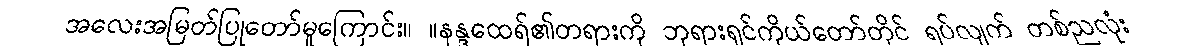
အလေးအမြတ်ပြုတော်မူကြောင်း။ ။နန္ဒထေရ်၏တရားကို ဘုရားရှင်ကိုယ်တော်တိုင် ရပ်လျက် တစ်ညလုံး